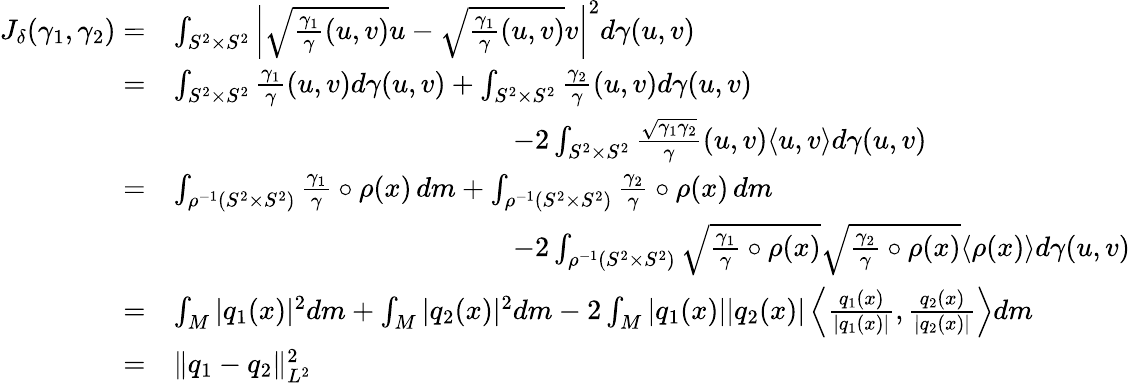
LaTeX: \begin{array}{rl}{J_{\delta}(\gamma_{1},\gamma_{2})=}&{\int_{S^{2}\times S^{2}}\left|\sqrt{\frac{\gamma_{1}}{\gamma}(u,v)}u-\sqrt{\frac{\gamma_{1}}{\gamma}(u,v)}v\right|^{2}d\gamma(u,v)}\\ {=}&{\int_{S^{2}\times S^{2}}\frac{\gamma_{1}}{\gamma}(u,v)d\gamma(u,v)+\int_{S^{2}\times S^{2}}\frac{\gamma_{2}}{\gamma}(u,v)d\gamma(u,v)}\\ &{\qquad\qquad\qquad\qquad\qquad\qquad-2\int_{S^{2}\times S^{2}}\frac{\sqrt{\gamma_{1}\gamma_{2}}}{\gamma}(u,v)\langle u,v\rangle d\gamma(u,v)}\\ {=}&{\int_{\rho^{-1}(S^{2}\times S^{2})}\frac{\gamma_{1}}{\gamma}\circ\rho(x)\, dm+\int_{\rho^{-1}(S^{2}\times S^{2})}\frac{\gamma_{2}}{\gamma}\circ\rho(x)\, dm}\\ &{\qquad\qquad\qquad\qquad\qquad\qquad-2\int_{\rho^{-1}(S^{2}\times S^{2})}\sqrt{\frac{\gamma_{1}}{\gamma}\circ\rho(x)}\sqrt{\frac{\gamma_{2}}{\gamma}\circ\rho(x)}\langle\rho(x)\rangle d\gamma(u,v)}\\ {=}&{\int_{M}|{q_{1}}(x)|^{2}dm+\int_{M}|q_{2}(x)|^{2}dm-2\int_{M}|{q_{1}}(x)||q_{2}(x)|\left\langle\frac{{q_{1}}(x)}{|{q_{1}}(x)|},\frac{q_{2}(x)}{|q_{2}(x)|}\right\rangle dm}\\ {=}&{\| {q_{1}}-q_{2}\| _{L^{2}}^{2}}\end{array}